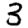
Digit: 3